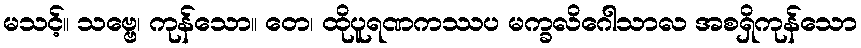
မသင့်။ သဗ္ဗေ၊ ကုန်သော။ တေ၊ ထိုပူရဏကဿပ မက္ခလိဂေါသာလ အစရှိကုန်သော